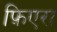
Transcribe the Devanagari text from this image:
फ़िएरा